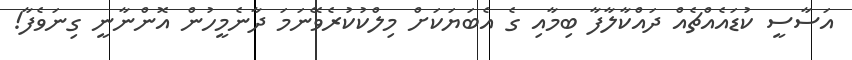
އަސާސީ ކުޑައެއްޗެއް ދައްކާލާފާ ބިމާއި ގެ އެބަޔަކަށް މިލްކުކުރެވޭނަމަ ދާނެމީހުން އޮންނާނީ ގިނަވެފާ!